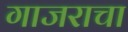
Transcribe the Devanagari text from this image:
गाजराचा